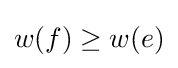
w(f)\geq w(e)